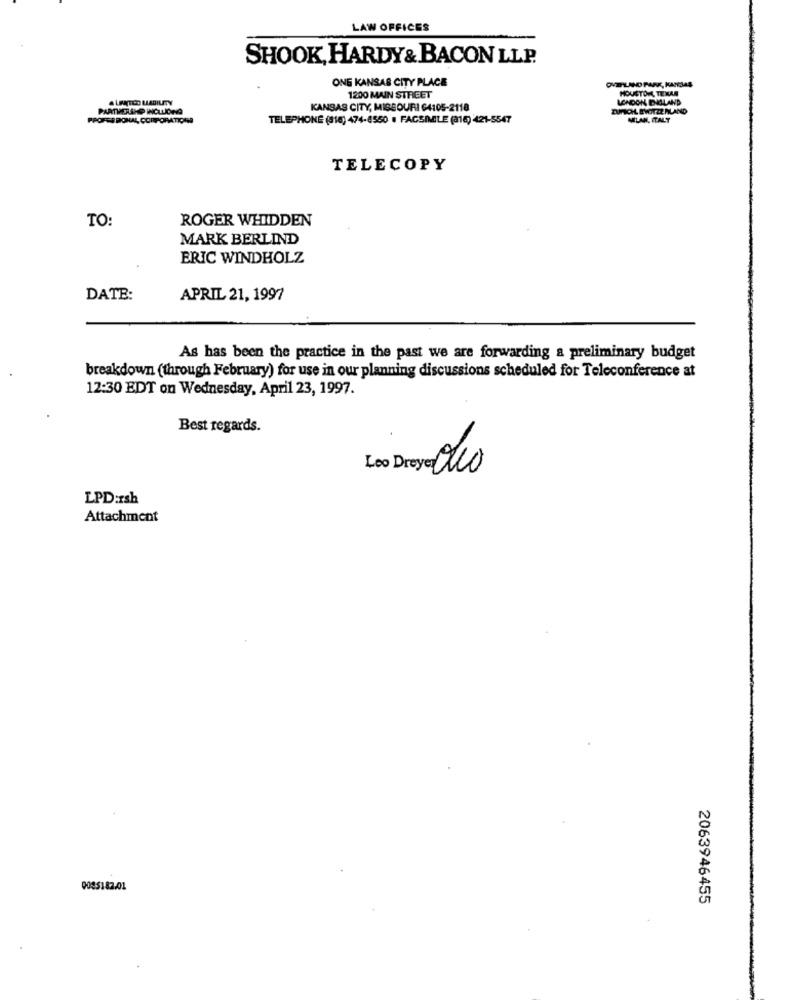
LAW OFFICES
SHOOK, HARDY& BACON LLP.
ONE KANSAS CITY PLACE
HOUSTON, TEXAS
LANTICO LIABILITY
1200 MAIN STREET
LONDON, IDHILLAND
PARTHERAND INCLLONA
KANSAS CITY, MISSOURI $4105-2118
DUMOHL SWITZERLAND
PPOFER RONAL CORPORATIONS
TELEPHONE (816) 474-8550 1 FACSIMILE (316) 421-5547
MILAN, ITALY
TELECOPY
TO:
ROGER WHIDDEN
MARK BERLIND
ERIC WINDHOLZ
DATE:
APRIL 21, 1997
As has been the practice in the past we are forwarding a preliminary budget
breakdown (through February) for use in our planning discussions scheduled for Teleconference at
12:30 EDT on Wednesday, April 23, 1997.
Best regards.
Leo Dreyer Olio
LPD:Ish
Attachment
0085182-01
2063946455